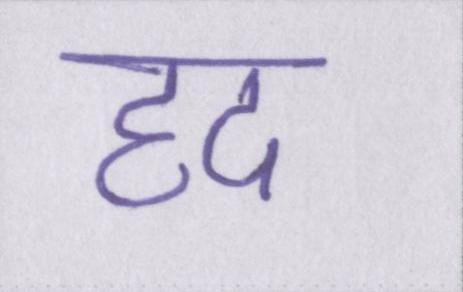
हद